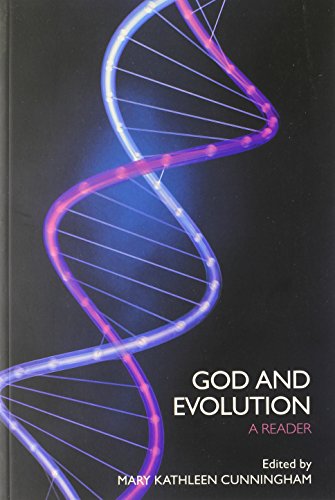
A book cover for God and Evolution: A Reader; Mary Kathleen Cunningham; Religion & Spirituality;